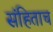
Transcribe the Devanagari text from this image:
संहिताच